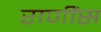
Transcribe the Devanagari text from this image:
राणींस